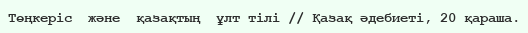
Төңкеріс  және  қазақтың  ұлт тілі // Қазақ әдебиеті, 20 қараша.